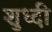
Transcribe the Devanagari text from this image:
शुध्दी